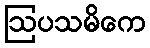
ဩပသမိကေ